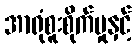
အာရုံစူးစိုက်မှုနှင့်